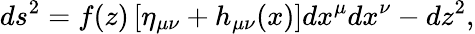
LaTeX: ds^{2}=f(z)\left[\eta_{\mu\nu}+h_{\mu\nu}(x)\right]dx^{\mu}dx^{\nu}-dz^{2},